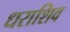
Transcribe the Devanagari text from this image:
धराशिव